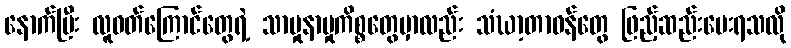
နောက်ပြီး လူဝတ်ကြောင်တွေရဲ့ သာမှုနာမှုကိစ္စတွေမှာလည်း သံဃာ့တာဝန်တွေ ဖြည့်ဆည်းပေးရသလို